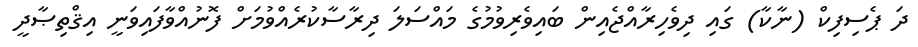
ދަ ޕެސިފިކް (ނާކާ) ގައި ދިވެހިރާއްޖެއިން ބައިވެރިވުމުގެ މައްސަލަ ދިރާސާކުރެއްވުމަށް ފޮނުއްވާފައިވަނީ އިޤްތިޞާދީ